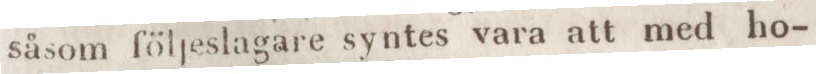
såsom följeslagare syntes vara att med ho-